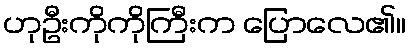
ဟုဦးကိုကိုကြီးက ပြောလေ၏။